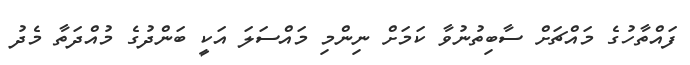
ފައްތާހުގެ މައްޗަށް ސާބިތުނުވާ ކަމަށް ނިންމި މައްސަލަ އަކީ ބަންދުގެ މުއްދަތާ މެދު